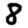
Digit: 8